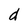
Character: d